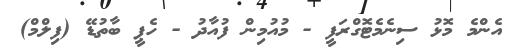
އެންމެ މޮޅު ސިނެމެޓޮގްރަފީ - މުއުމިން ފުއާދު - ހެޕީ ބާތުޑޭ (ފިލްމް)